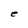
Character: e